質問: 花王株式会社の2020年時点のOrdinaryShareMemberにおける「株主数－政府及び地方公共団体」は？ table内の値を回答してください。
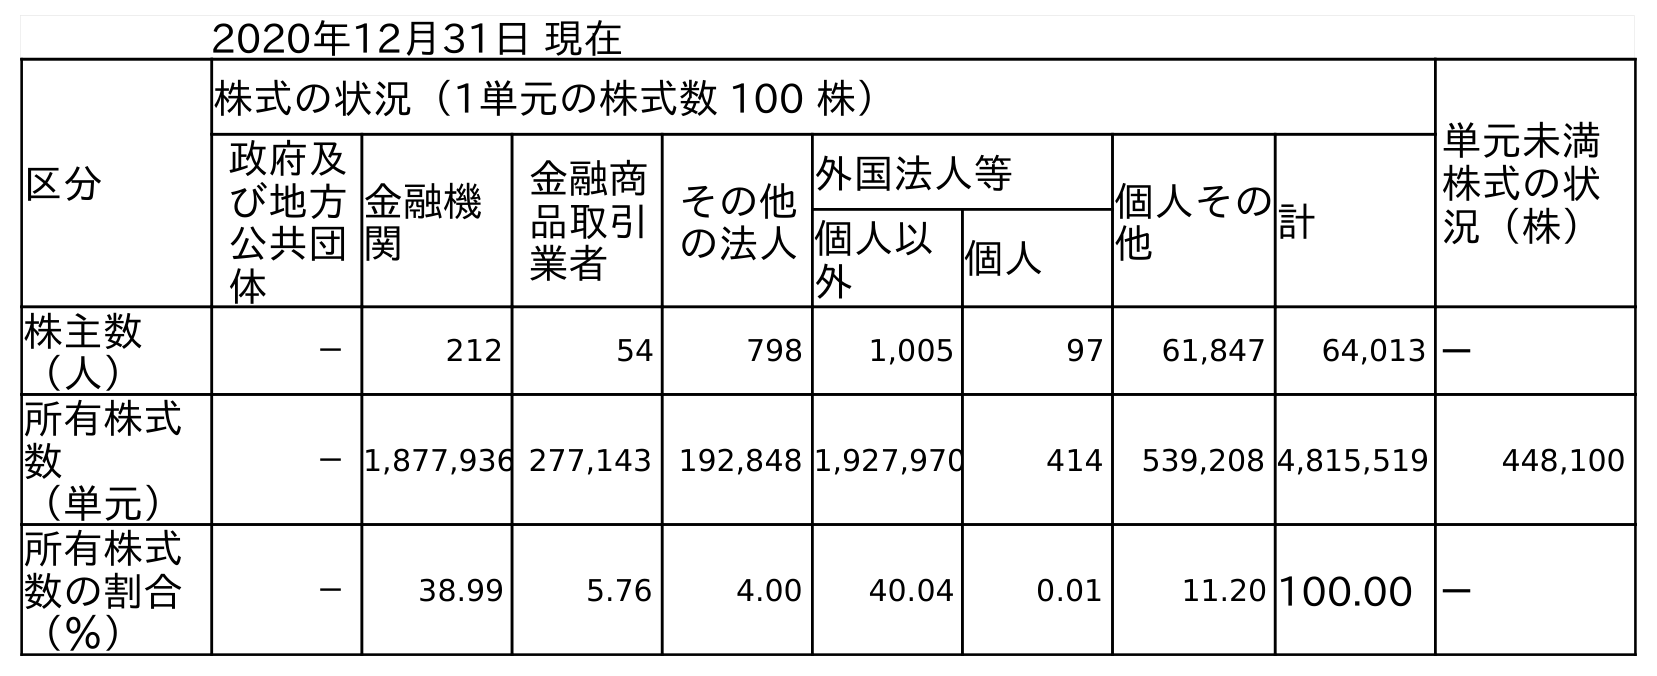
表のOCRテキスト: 2020年12月31日 現在 区分 株式の状況（1単元の株式数 100 株） 単元未満 株式の状 況（株） 政府及 び地方 公共団 体 金融機 関 金融商 品取引 業者 その他 の法人 外国法人等 個人その 他 計 個人以 外 個人 株主数 （人） － 212 54 798 1,005 97 61,847 64,013 － 所有株式 数 （単元） －1,877,936 277,143 192,848 1,927,970 414 539,208 4,815,519 448,100 所有株式 数の割合 （％） － 38.99 5.76 4.00 40.04 0.01 11.20 100.00 －
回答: －